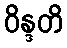
ဝိန္ဒတိ